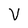
Character: v